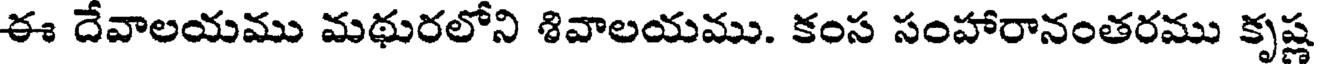
ఈ దేవాలయము మథురలోని శివాలయము. కంస సంహారానంతరము కృష్ణ